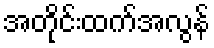
အတိုင်းထက်အလွန်